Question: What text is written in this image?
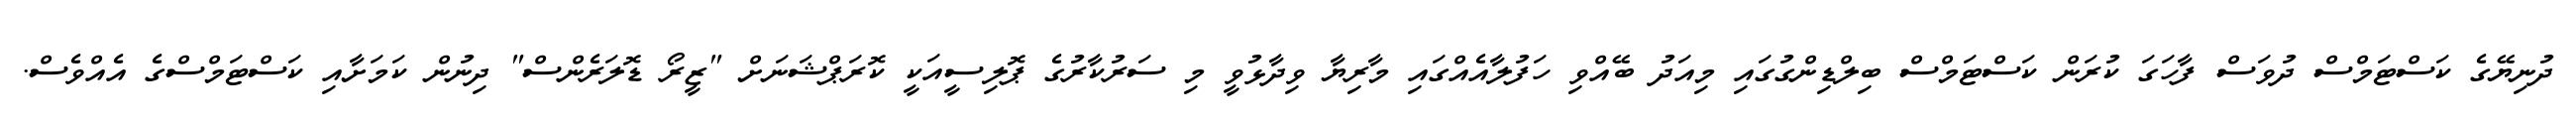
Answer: ދުނިޔޭގެ ކަސްޓަމްސް ދުވަސް ފާހަގަ ކުރަން ކަސްޓަމްސް ބިލްޑިންގުގައި މިއަދު ބޭއްވި ހަފުލާއެއްގައި މާރިޔާ ވިދާޅުވީ މި ސަރުކާރުގެ ޕޮލިސީއަކީ ކޮރަޕްޝަނަށް "ޒީރޯ ޑޮލަރެންސް" ދިނުން ކަމަށާއި ކަސްޓަމްސްގެ އެއްވެސް.